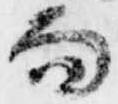
而